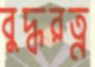
বুদ্ধরত্ন